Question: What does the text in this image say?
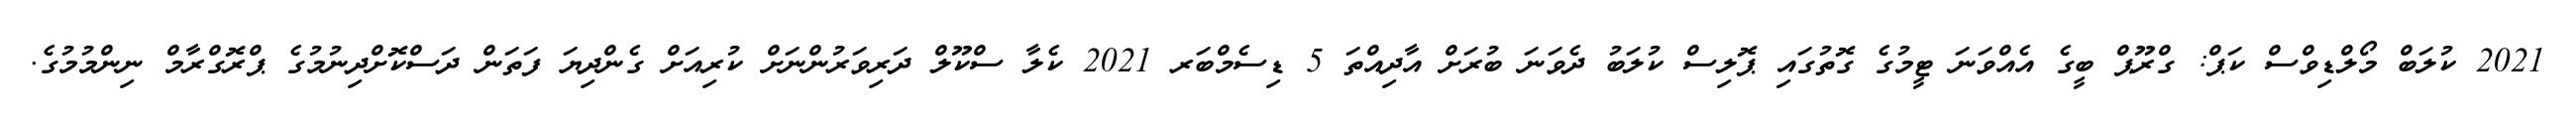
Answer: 2021 ކުލަބް މޯލްޑިވްސް ކަޕް: ގްރޫޕް ބީގެ އެއްވަނަ ޓީމުގެ ގޮތުގައި ޕޮލިސް ކުލަބު ދެވަނަ ބުރަށް އާދިއްތަ 5 ޑިސެމްބަރ 2021 ކެލާ ސްކޫލް ދަރިވަރުންނަށް ކުރިއަށް ގެންދިޔަ ފަތަން ދަސްކޮށްދިނުމުގެ ޕްރޮގްރާމް ނިންމުމުގެ.